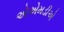
એએમડીએ